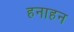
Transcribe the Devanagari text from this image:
हनाहन